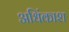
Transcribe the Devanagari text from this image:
अधिंकाश